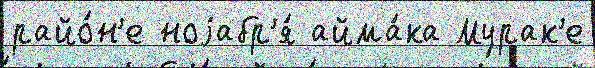
райо́н'е ноjабр'я́ айма́ка Мурак'е